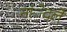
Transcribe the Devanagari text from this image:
नांेदले